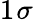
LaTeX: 1~\! \sigma